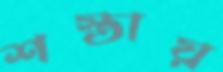
শস্তায়